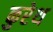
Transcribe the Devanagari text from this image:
कुरेथ